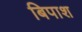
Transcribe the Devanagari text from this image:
बिपाश